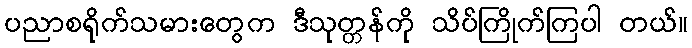
ပညာစရိုက်သမားတွေက ဒီသုတ္တန်ကို သိပ်ကြိုက်ကြပါ တယ်။